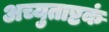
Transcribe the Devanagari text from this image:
अच्युताष्टकं